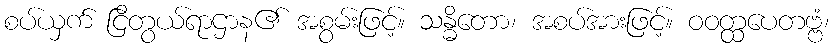
စပ်ယှက် ငြိတွယ်ရာဌာန၏ အစွမ်းဖြင့်။ သန္ဓိတော၊ အစပ်အားဖြင့်။ ဝဝတ္ထပေတဗ္ဗံ၊